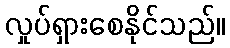
လှုပ်ရှားစေနိုင်သည်။